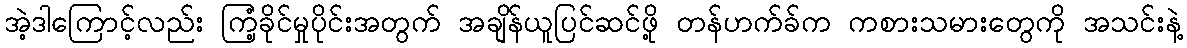
အဲ့ဒါကြောင့်လည်း ကြံ့ခိုင်မှုပိုင်းအတွက် အချိန်ယူပြင်ဆင်ဖို့ တန်ဟက်ခ်က ကစားသမားတွေကို အသင်းနဲ့